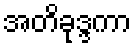
အတိခုဒ္ဒကာ